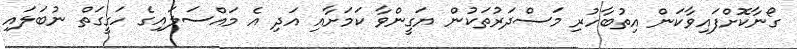
ގޯނާކޮށްފައިވާކަން އިތުބާހުރި މަސްދަރުތަކުން ޔަގީންވާ ކަމަށާއި އަދި އެ މައްސަލައިގެ ހަގީގަތް ނުބަލައި